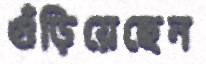
গুঁড়িয়েছেন